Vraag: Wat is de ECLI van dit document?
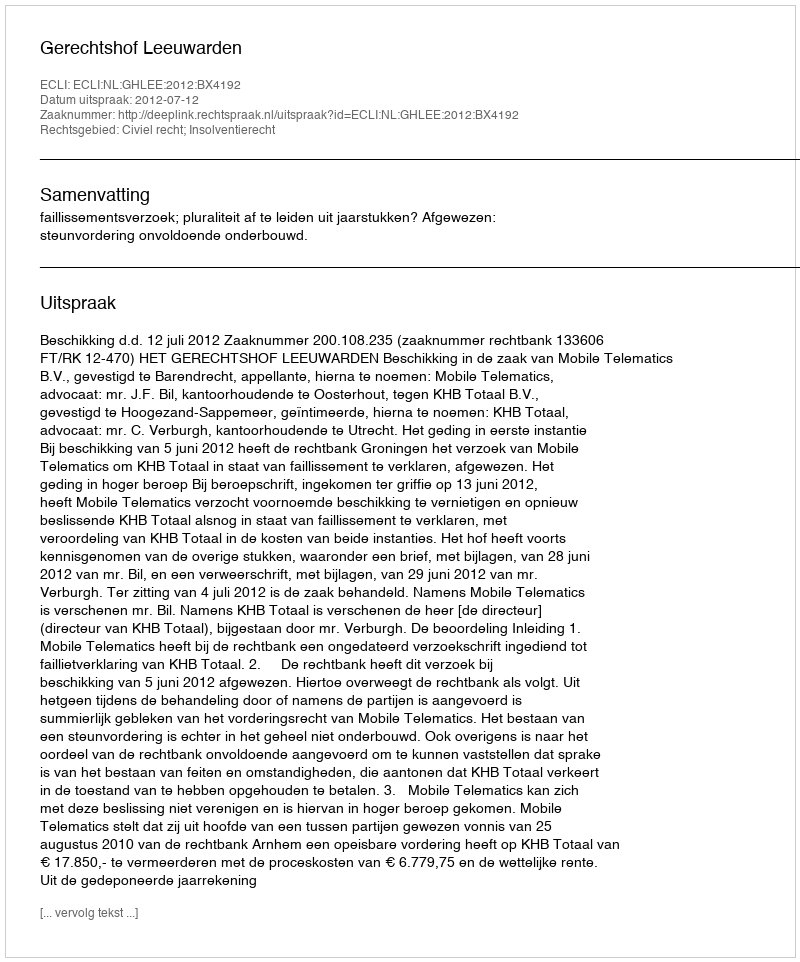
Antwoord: ECLI:NL:GHLEE:2012:BX4192